Vaccination report Assam 1874-1896 - 1874-1896
Year: 1874
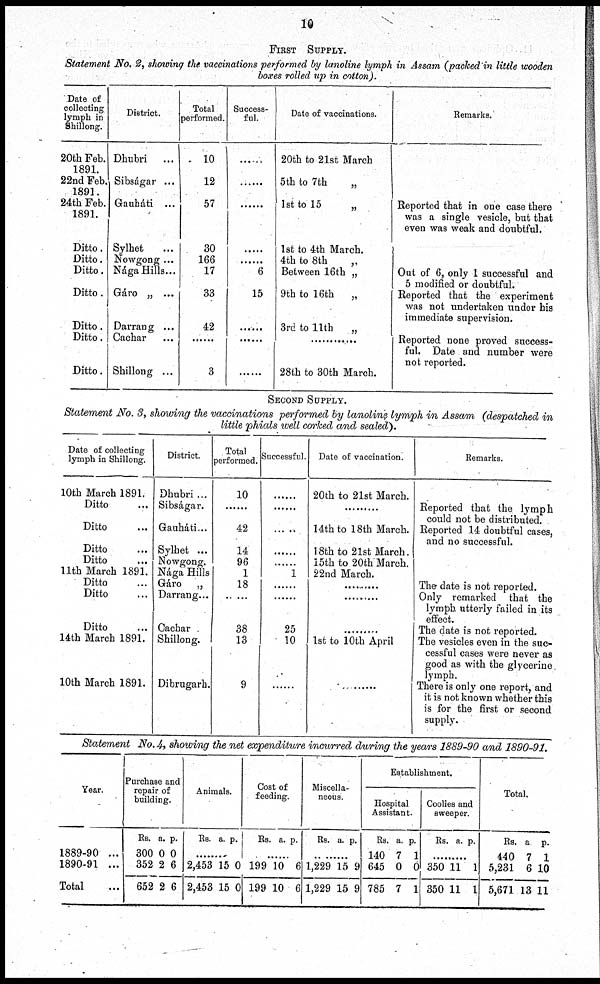
10
FIRST SUPPLY.
Statement No. 2, showing the vaccinations performed by lanoline lymph in Assam (packed in little wooden
boxes rolled up in cotton).
Date of
collecting
lymph in
Shillong.
20th Feb.
1891.
22nd Feb.
1891.
24th Feb.
1891.
Ditto.
Ditto.
Ditto.
Ditto.
Ditto.
Ditto.
Ditto.
District.
Dhubri
...
Sibságar ...
Gauháti ...
Sylhet
...
Nowgong ...
Nága Hills...
Gáro „ ...
Darrang ...
Cachar ..
Shillong ...
Total
performed.
10
12
57
30
166
17
33
42
......
3
Success-
ful.
......
......
......
......
6
15
......
......
......
Date of vaccinations.
20th to 21st March
5th to 7th
„
1st to 15
„
1st to 4th March.
4th to 8th
„
Between 16th „
9th to 16th
„
3rd to 11th
„
..........
28th to 30th March.
Remarks.
Reported that in one case there
was a single vesicle, but that
even was weak and doubtful.
Out of 6, only 1 successful and
5 modified or doubtful.
Reported that the experiment
was not undertaken under his
immediate supervision.
Reported none proved success-
ful. Date and number were
not reported.
SECOND SUPPLY.
Statement No. 3, showing the vaccinations performed by lanoline lymph in Assam (despatched in
little phials well corked and sealed).
Date of collecting
lymph in Shillong.
10th March 1891.
Ditto ..
Ditto ..
Ditto ..
Ditto ..
11th March 1891.
Ditto ..
Ditto ..
Ditto ..
14th March 1891.
10th March 1891.
District.
Dhubri ...
Sibságar.
Gauháti...
Sylhet ...
Nowgong.
Nága Hills
Gáro
„
Darrang...
Cachar .
Shillong.
Dibrugarh.
Total
performed.
10
....
42
14
96
1
18
38
13
9
Successful.
......
......
......
......
......
1
......
......
25
10
......
Date of vaccination.
20th to 21st March.
..........
14th to 18th March.
18th to 21st March.
15th to 20th March.
22nd March.
......
......
......
1st to 10th April
......
Remarks.
Reported that the lymph
could not be distributed.
Reported 14 doubtful cases,
and no successful.
The date is not reported.
Only remarked
that the
lymph utterly failed in its
effect.
The date is not reported.
The vesicles even in the suc-
cessful cases were never as
good as with the glycerine.
lymph.
There is only one report, and
it is not known whether this
is for the first or second
supply.
Statement No. 4, showing the net expenditure incurred during the years 1889-90 and 1890-91.
Year.
1889-90 ...
1890-91 ...
Total ...
Purchase and
repair of
building.
Rs.
300
352
652
a.
0
2
2
p.
0
6
6
Animals.
Rs. a. p.
......
2,453
2,453
15
15
0
0
Cost of
feeding.
Rs. a. p.
......
199
199
10
10
6
6
Miscella-
neous.
Rs. a. p.
......
1,229
1,229
15
15
9
9
Establishment.
Hospital
Assistant.
Rs.
140
645
785
a.
7
0
7
p.
1
0
1
Coolies and
sweeper.
Rs. a. p.
......
350
350
11
11
1
1
Total.
Rs.
440
5,231
5,671
a
7
6
13
p.
1
10
11